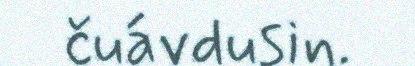
čuávdusin.